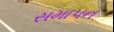
સમાપન